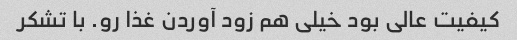
کیفیت عالی بود خیلی هم زود آوردن غذا رو. با تشکر